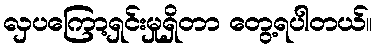
လှပကြော့ရှင်းမှုရှိတာ တွေ့ရပါတယ်။